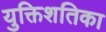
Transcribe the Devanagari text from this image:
युक्तिशतिका